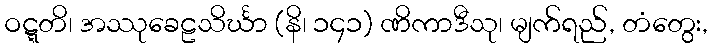
ဝဋ္ဋတိ၊ အဿုခေဠသိင်္ဃာ (နိ၊ ၁၄၁) ဏိကာဒီသု၊ မျက်ရည်, တံတွေး,